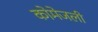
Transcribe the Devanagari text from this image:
कोमेजली